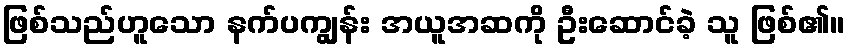
ဖြစ်သည်ဟူသော နက်ပကျွန်း အယူအဆကို ဦးဆောင်ခဲ့ သူ ဖြစ်၏။